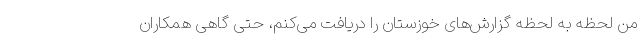
من لحظه به لحظه گزارش‌های خوزستان را دریافت می‌کنم، حتی گاهی همکاران